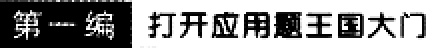
第一编 打开应用题王国大门